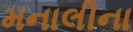
મનાલીના